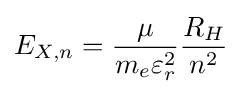
E_{X,n}={\frac {\mu }{m_{e}\varepsilon _{r}^{2}}}{\frac {R_{H}}{n^{2}}}